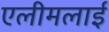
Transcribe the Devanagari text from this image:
एलीमलाई